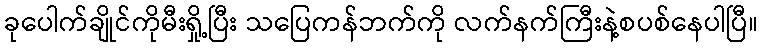
ခုပေါက်ချိုင်ကိုမီးရှို့ပြီး သပြေကန်ဘက်ကို လက်နက်ကြီးနဲ့စပစ်နေပါပြီ။